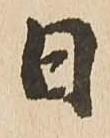
日